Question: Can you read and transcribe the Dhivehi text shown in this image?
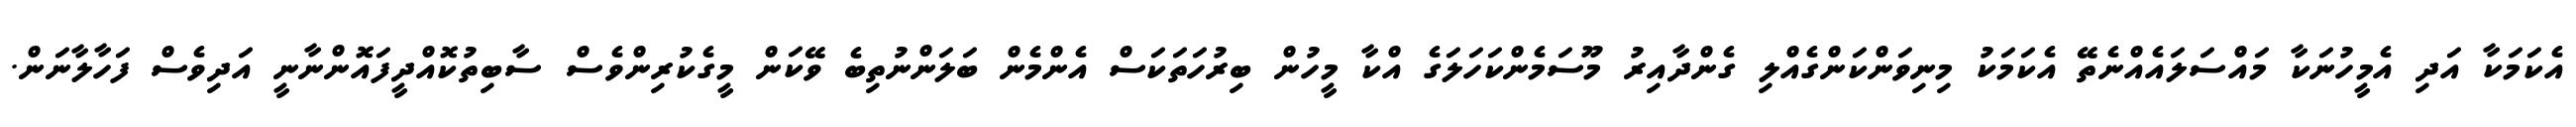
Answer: އެކަމަކާ އަދި އެމީހުނަކާ މައްސަލައެއްނެތޭ އެކަމަކު މިނިވަންކަންގެއްލި ގެންދާއިރު މޫސަމެންކަހަލަގެ އްކާ މީހުން ބިރުހަތަކަސް އެންމެން ބަލަންނުތިބެ ވޭކަން މީގެކުރިންވެސް ސާބިތުކޮއްދީފައޮންނާނީ އަދިވެސް ފަހާލާނަން.